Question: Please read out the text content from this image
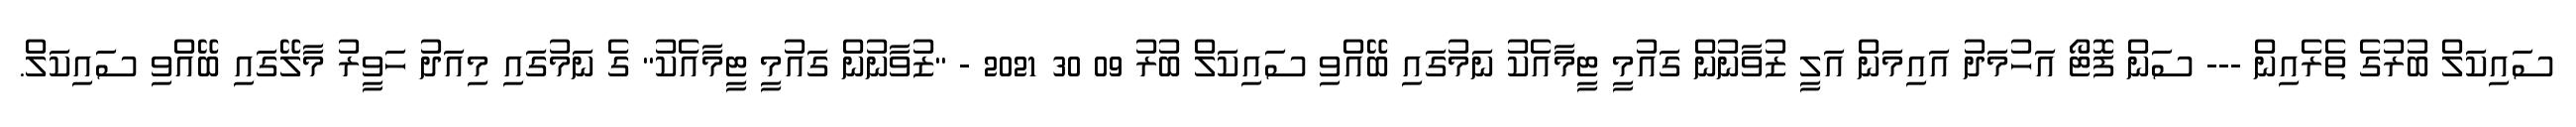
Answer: ސައިކަލް ބުރުގެ ތެރެއިން --- ސަން ފޮޓޯ އަހުމަދު އައިމަން އަލީ ޒުވާނުން ގައުމީ ޓީމާއެކު ނަމުގައި ބޭއްވި ސައިކަލް ބުރު 09 30 2021 - "ޒުވާނުން ގައުމީ ޓީމާއެކު" ގެ ނަމުގައި މިއަދު ހަވީރު މާލޭގައި ބޭއްވި ސައިކަލް.